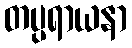
တပ္ပရာယနာ